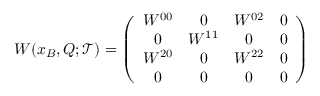
W ( x _ { B } , Q ; { \mathcal T } ) = \left( \begin{array} { c c c c } { { W ^ { 0 0 } } } & { { 0 } } & { { W ^ { 0 2 } } } & { { 0 } } \\ { { 0 } } & { { W ^ { 1 1 } } } & { { 0 } } & { { 0 } } \\ { { W ^ { 2 0 } } } & { { 0 } } & { { W ^ { 2 2 } } } & { { 0 } } \\ { { 0 } } & { { 0 } } & { { 0 } } & { { 0 } } \end{array} \right)